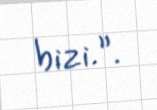
bizi.”.